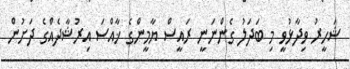
ޝަހީރު ވިދާޅުވީ މި ބަދަލު ގެންނަނީ ރައީސް ޔާމީންގެ ޚާއްސަ އިރުޝާދެއްގެ ދަށުން